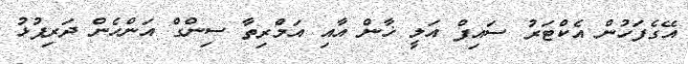
އޭގެފަހުން އެކްޓަރު ސައިފް އަލީ ޚާން އާއި އަމްރިތާ ސިންގް އަންހެން ދަރިފުޅު